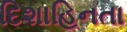
દિશાહિનતા